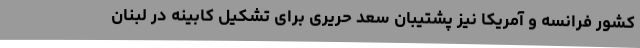
کشور فرانسه و آمریکا نیز پشتیبان سعد حریری برای تشکیل کابینه در لبنان